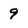
Character: 9